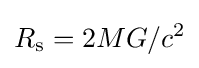
R_{\text{s}}=2MG/c^{2}